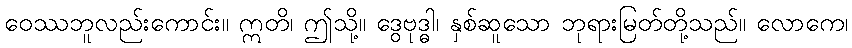
ဝေဿဘူလည်းကောင်း။ ဣတိ၊ ဤသို့။ ဒွေဗုဒ္ဓါ၊ နှစ်ဆူသော ဘုရားမြတ်တို့သည်။ လောကေ၊